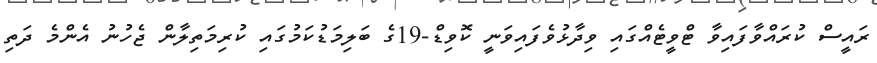
ރައީސް ކުރައްވާފައިވާ ޓްވީޓެއްގައި ވިދާޅުވެފައިވަނީ ކޮވިޑް-19ގެ ބަލިމަޑުކަމުގައި ކުރިމަތިލާން ޖެހުނު އެންމެ ދަތި